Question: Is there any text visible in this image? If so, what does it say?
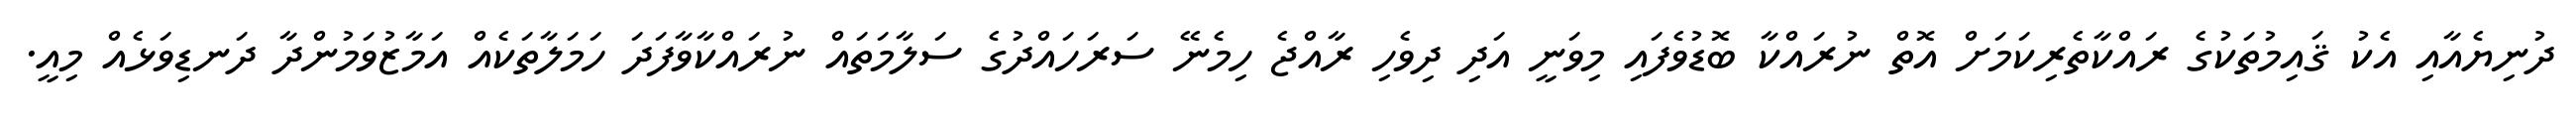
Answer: ދުނިޔެއާއި އެކު ޤައިމުތަކުގެ ރައްކާތެރިކަމަށް އޮތް ނުރައްކާ ބޮޑުވެފައި މިވަނީ އަދި ދިވެހި ރާއްޖެ ހިމެނޭ ސަރަހައްދުގެ ސަލާމަތައް ނުރައްކާވާފަދަ ހަމަލާތަކެއް އަމާޒުވަމުންދާ ދަނޑިވަޅެއް މިއީ.